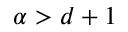
\alpha > d + 1